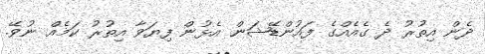
ދެން އިތުރު ދެ ގެއެއްގެ ފައުންޑޭޝަން އެޅުން ފިޔަވާ އިތުރު ކަމެއް ނުވޭ.